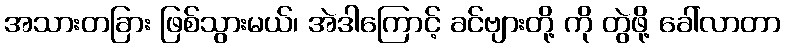
အသားတခြား ဖြစ်သွားမယ်၊ အဲဒါကြောင့် ခင်ဗျားတို့ ကို တွဲဖို့ ခေါ်လာတာ